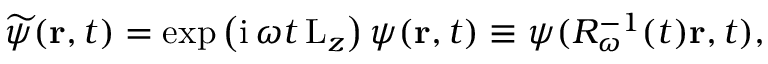
\widetilde { \psi } ( \mathbf { r } , t ) = \exp \left( \mathrm { i } \, \omega t \, \mathrm { L } _ { z } \right) \psi ( \mathbf { r } , t ) \equiv \psi ( \ensuremath { R _ { \omega } } ^ { - 1 } ( t ) \mathbf { r } , t ) ,